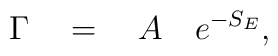
\Gamma \quad = \quad A \quad e^{-S_E} ,